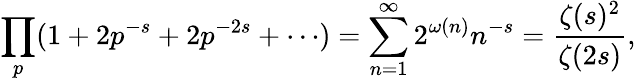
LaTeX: \prod_{p}(1+2p^{-s}+2p^{-2s}+\cdots)=\sum_{n=1}^{\infty}2^{\omega(n)}n^{-s}={\frac{\zeta(s)^{2}}{\zeta(2s)}},